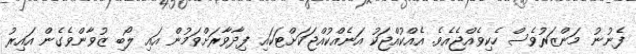
ފެނުނު މަންޒަރުވެސް ހެކިވެއްޖެއެވެ. އެއްކުއްޖަކު އަނެއްކުއްޖަކަށްޓަކައި ފިދާވާރަށްވަމުން އައި ލޯބި ޒުވާންވެގެން އައިރު